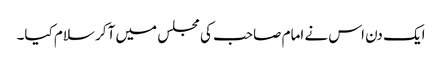
ایک دن اس نے امام صاحب کی مجلس میں آکر سلام کیا۔